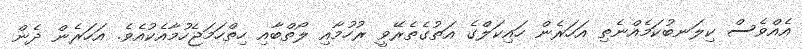
އެއްވެސް ކިލަނބުކަމެއްނެތި އަހަރެން ހައިކަލްގެ އަތުގެތެރޭވީ ރުހުމާއި ލޯތްބާއި ހިތްހަމަޖެހުމާއެކުއެވެ. އަހަރެން ދެން